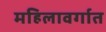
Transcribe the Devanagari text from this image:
महिलावर्गात